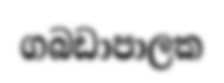
ගබඩාපාලක